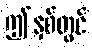
ဤနှစ်တွင်